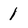
Character: 1